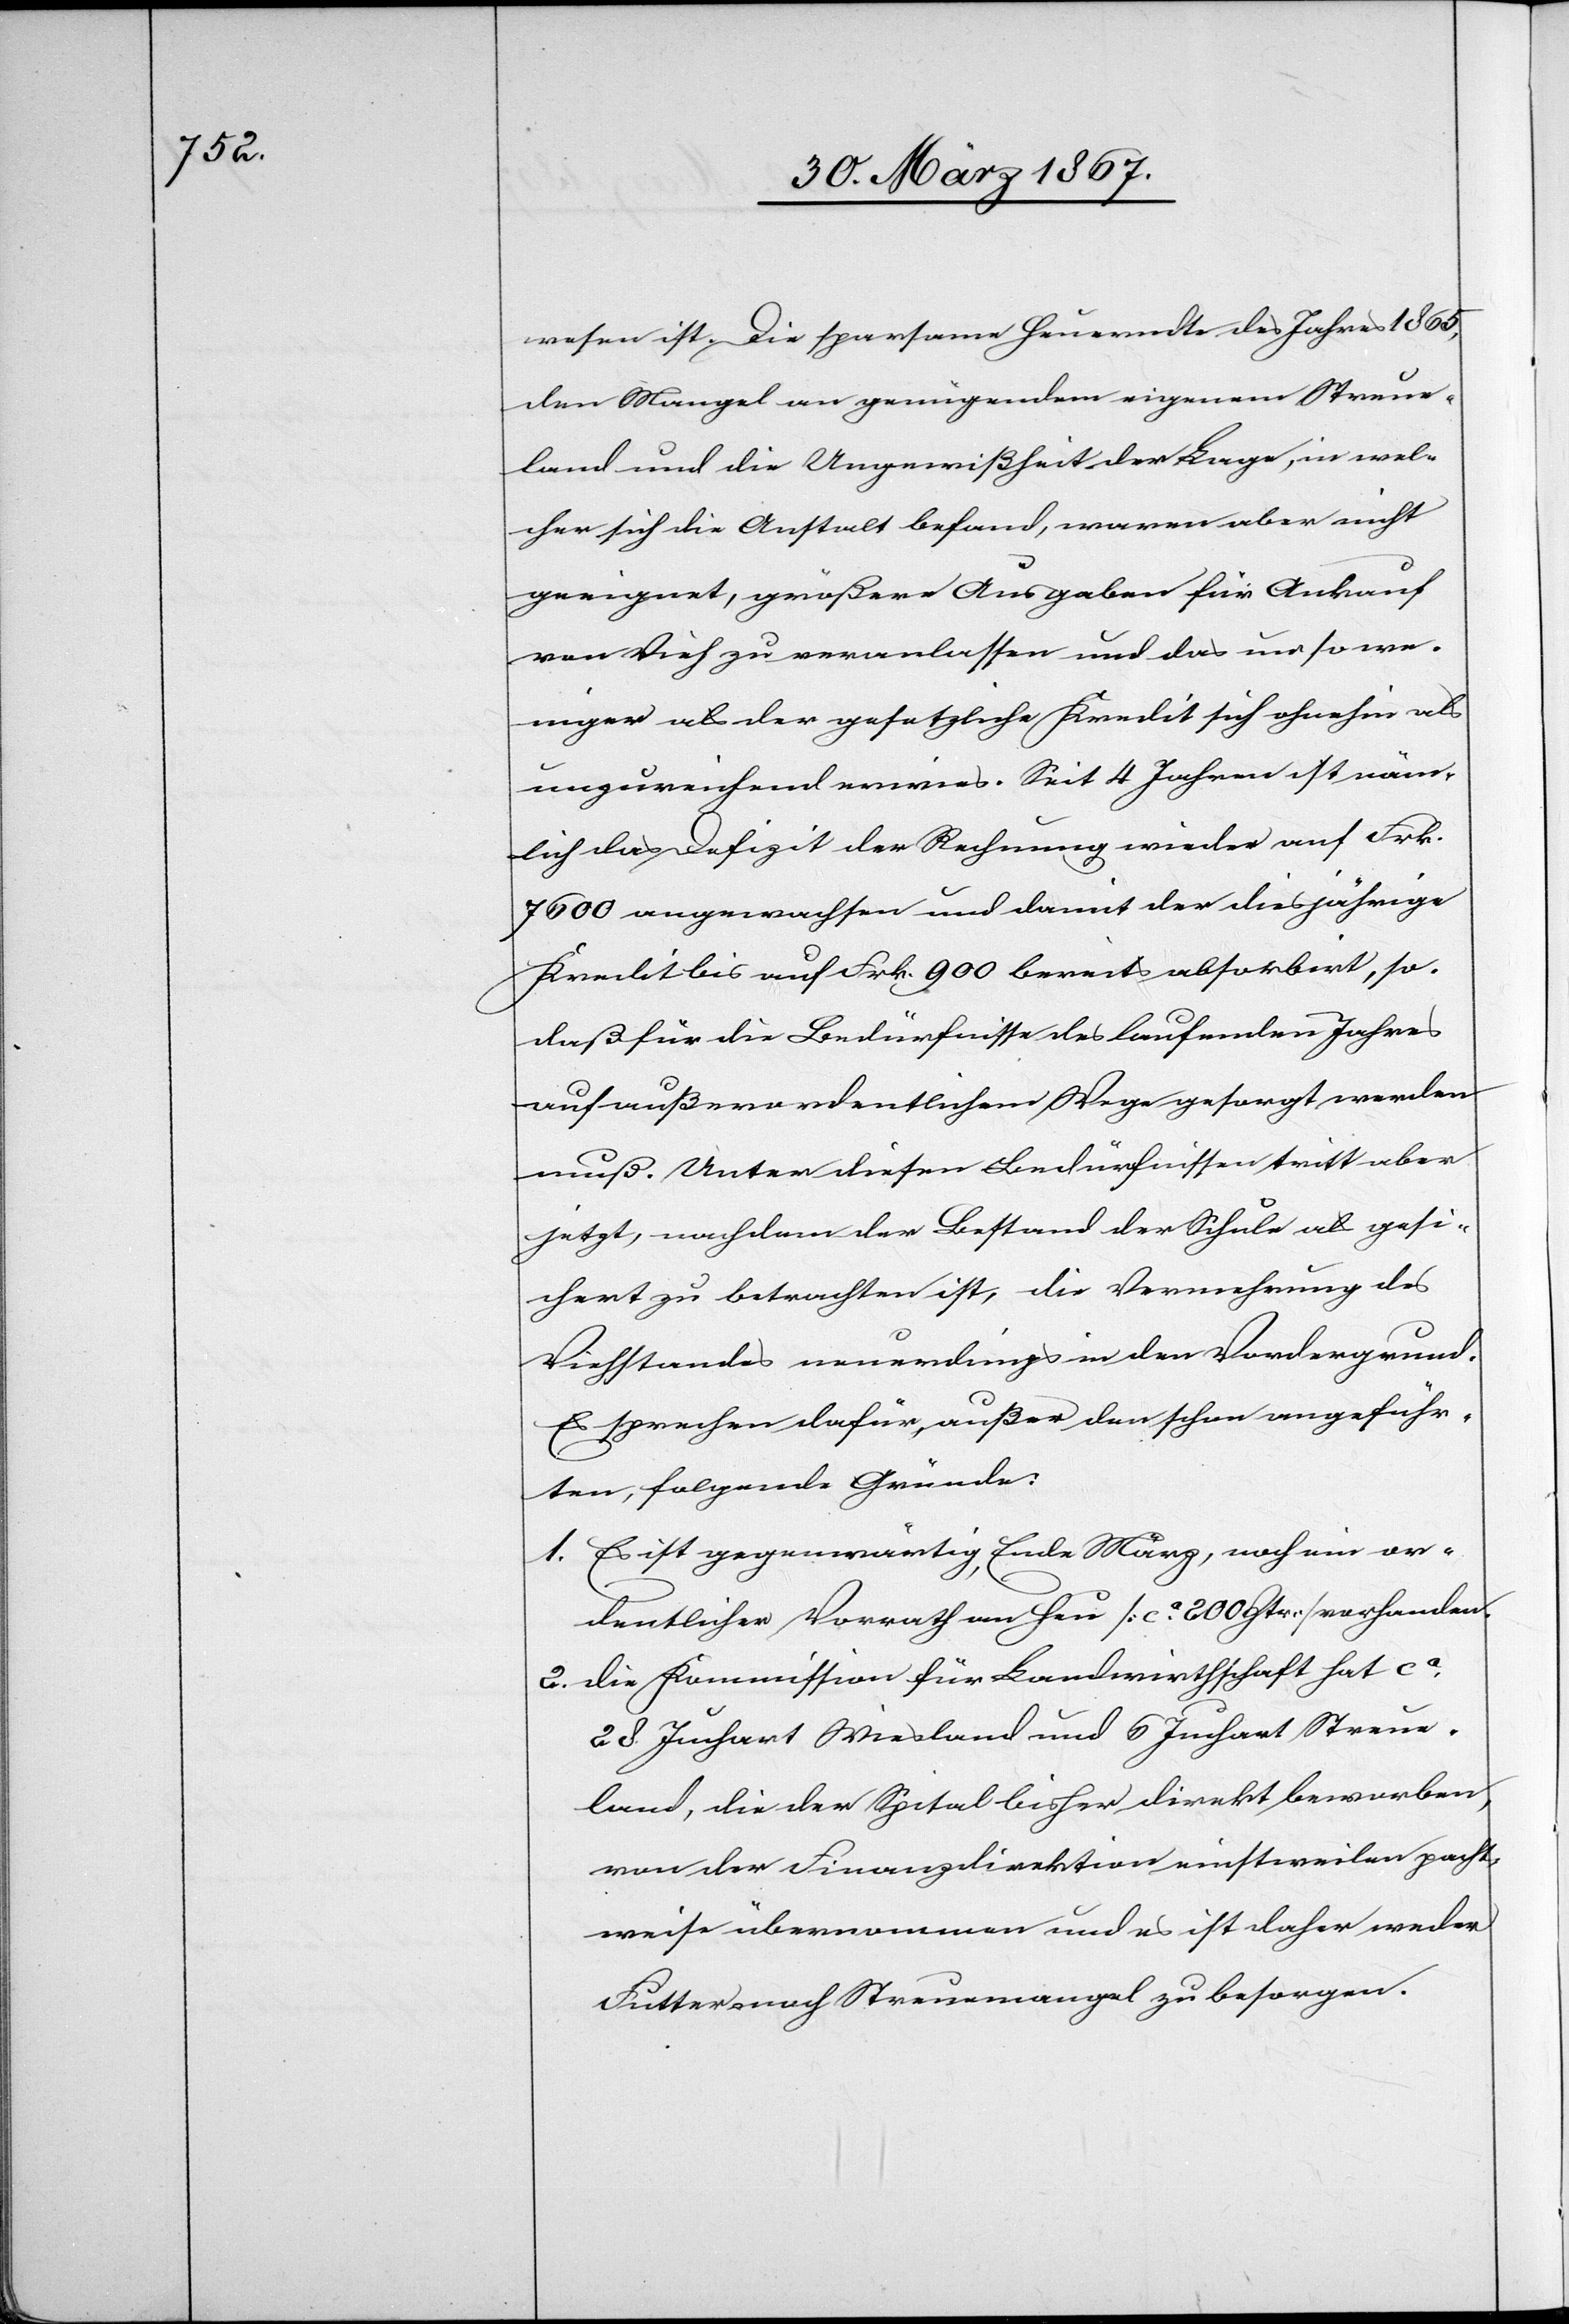
wesen ist. Die sparsame Heuerndte des Jahres 1865,
den Mangel an genügendem eigenem Streue¬
land und die Ungewißheit der Lage, in wel¬
cher sich die Anstalt befand, waren aber nicht
geeignet, größere Ausgaben für Ankauf
von Vieh zu veranlassen und das um so we¬
niger als der gesetzliche Kredit sich ohnehin als
unzureichend erwies. Seit 4 Jahren ist näm¬
lich das Defizit der Rechnung wieder auf Frk.
7600 angewachsen und damit der diesjährige
Kredit bis auf Frk. 900 bereits absorbirt, so¬
daß für die Bedürfnisse des laufenden Jahres
auf außerordentlichem Wege gesorgt werden
muß. Unter diesen Bedürfnissen tritt aber
jetzt, nachdem der Bestand der Schule als gesi¬
chert zu betrachten ist, die Vermehrung des
Viehstandes neuerdings in den Vordergrund.
Es sprechen dafür, außer den schon angeführ¬
ten, folgende Gründe:
1. Es ist gegenwärtig, Ende März, noch ein or¬
dentlicher Vorrath an Heu [ca. 200 Ztr] vorhanden.
2. die Kommission für Landwirthschaft hat ca.
28 Jucharten Wiesland und 6 Juchart Streue¬
land, die der Spital bisher direkt beworben,
von der Finanzdirektion einstweilen pacht¬
weise übernommen und es ist daher weder
Futter- noch Streuemangel zu besorgen.